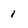
Character: 1